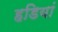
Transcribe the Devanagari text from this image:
हडियां